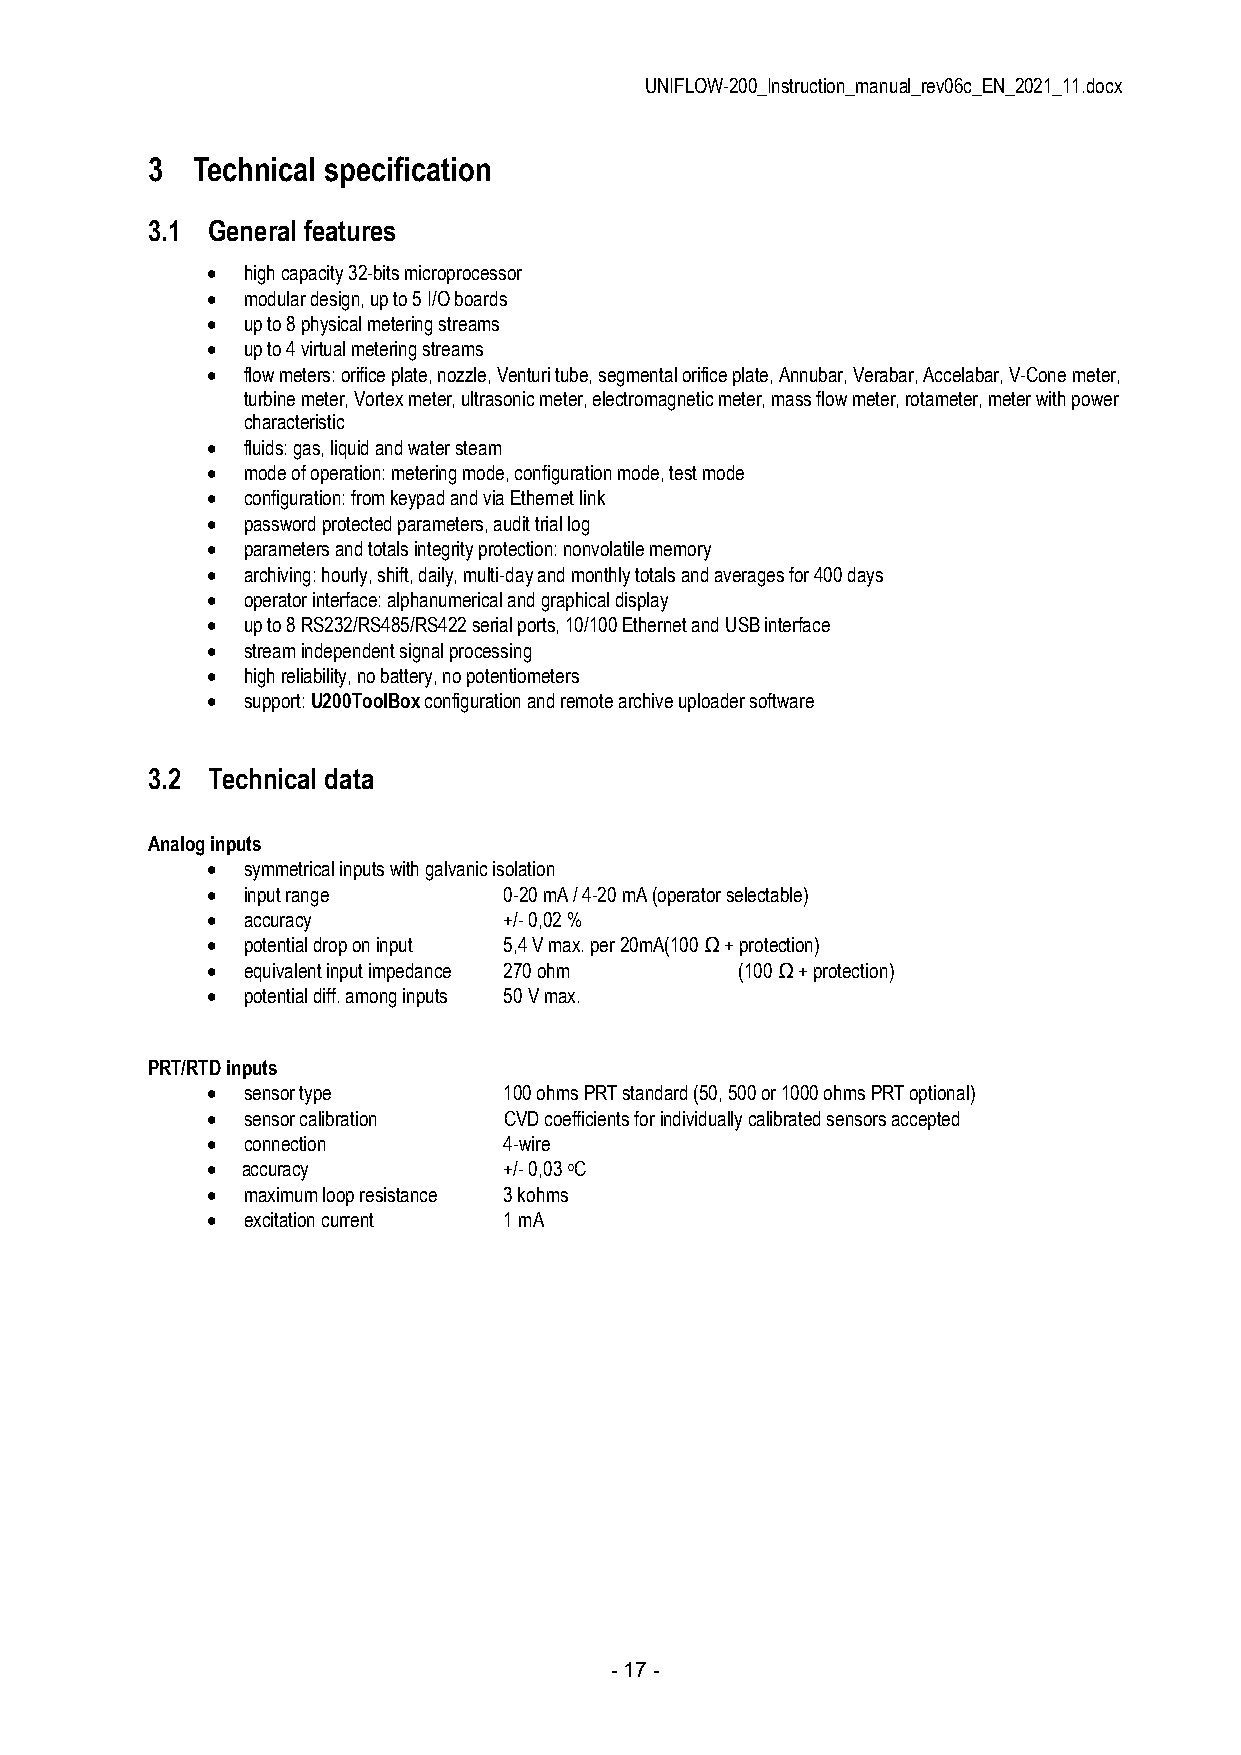
UNIFLOW-200_Instruction_manual_rev06c_EN_2021_11.docx
 3  Technical specification
 3.1 General features
  high capacity 32-bits microprocessor
  modular design, up to 5 I/O boards
  up to 8 physical metering streams
  up to 4 virtual metering streams
  flow meters: orifice plate, nozzle, Venturi tube, segmental orifice plate, Annubar, Verabar, Accelabar, V-Cone meter,
 turbine meter, Vortex meter, ultrasonic meter, electromagnetic meter, mass flow meter, rotameter, meter with power
 characteristic
  fluids: gas, liquid and water steam
  mode of operation: metering mode, configuration mode, test mode
  configuration: from keypad and via Ethernet link
  password protected parameters, audit trial log
  parameters and totals integrity protection: nonvolatile memory
  archiving: hourly, shift, daily, multi-day and monthly totals and averages for 400 days
  operator interface: alphanumerical and graphical display
  up to 8 RS232/RS485/RS422 serial ports, 10/100 Ethernet and USB interface
  stream independent signal processing
  high reliability, no battery, no potentiometers
  support: U200ToolBox configuration and remote archive uploader software
 3.2 Technical data
 Analog inputs
  symmetrical inputs with galvanic isolation
  input range      0-20 mA / 4-20 mA (operator selectable)
  accuracy         +/- 0,02 %
  potential drop on input 5,4 V max. per 20mA (100 Ω + protection)
  equivalent input impedance 270 ohm (100 Ω + protection)
  potential diff. among inputs 50 V max.
 PRT/RTD inputs
  sensor type      100 ohms PRT standard (50, 500 or 1000 ohms PRT optional)
  sensor calibration CVD coefficients for individually calibrated sensors accepted
  connection       4-wire
  accuracy         +/- 0,03 oC
  maximum loop resistance 3 kohms
  excitation current 1 mA
 - 17 -